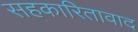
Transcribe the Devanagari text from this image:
सहकारितावाद